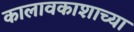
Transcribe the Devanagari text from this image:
कालावकाशाच्या